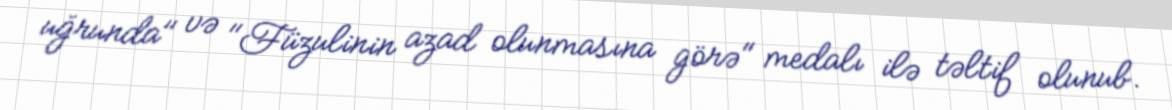
uğrunda" və "Füzulinin azad olunmasına görə" medalı ilə təltif olunub.